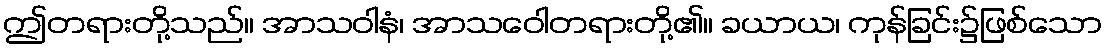
ဤတရားတို့သည်။ အာသဝါနံ၊ အာသဝေါတရားတို့၏။ ခယာယ၊ ကုန်ခြင်း၌ဖြစ်သော